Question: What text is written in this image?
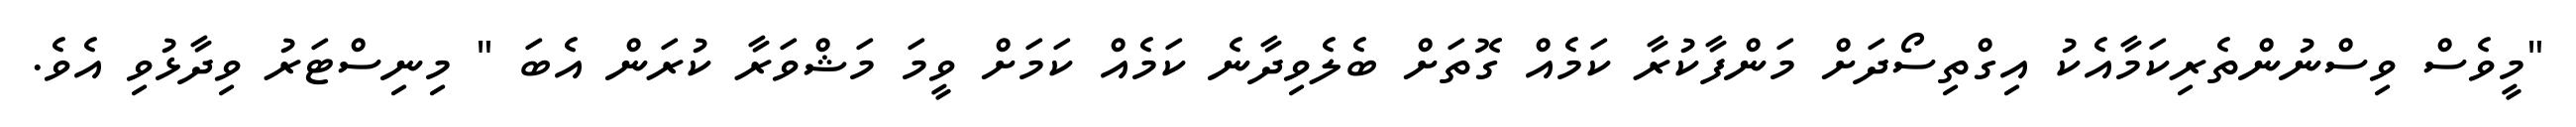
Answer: "މީވެސް ވިސްނުންތެރިކަމާއެކު އިގްތިސޯދަށް މަންފާކުރާ ކަމެއް ގޮތަށް ބެލެވިދާނެ ކަމެއް ކަމަށް ވީމަ މަޝްވަރާ ކުރަން އެބަ " މިނިސްޓަރު ވިދާޅުވި އެވެ.